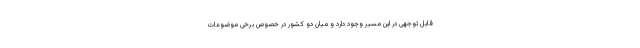
قابل توجهی در این مسیر وجود دارد و میان دو کشور در خصوص برخی موضوعات